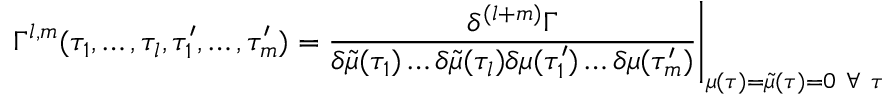
\Gamma ^ { l , m } ( \tau _ { 1 } , \dots , \tau _ { l } , \tau _ { 1 } ^ { \prime } , \dots , \tau _ { m } ^ { \prime } ) = \frac { \delta ^ { ( l + m ) } \Gamma } { \delta \tilde { \mu } ( \tau _ { 1 } ) \dots \delta \tilde { \mu } ( \tau _ { l } ) \delta { \mu } ( \tau _ { 1 } ^ { \prime } ) \dots \delta { \mu } ( \tau _ { m } ^ { \prime } ) } \Bigg | _ { \mu ( \tau ) = \tilde { \mu } ( \tau ) = 0 \mathrm { ~ } \forall \mathrm { ~ } \tau }